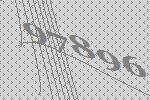
97896